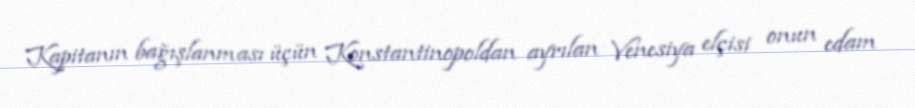
Kapitanın bağışlanması üçün Konstantinopoldan ayrılan Venesiya elçisi onun edam